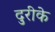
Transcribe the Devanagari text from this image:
दुरीके